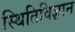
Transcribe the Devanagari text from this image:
स्थितिविज्ञान